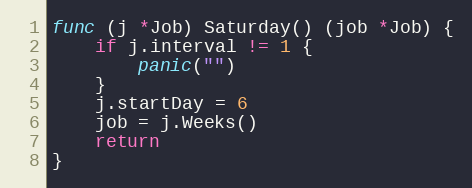
Language: Go
func (j *Job) Saturday() (job *Job) {
	if j.interval != 1 {
		panic("")
	}
	j.startDay = 6
	job = j.Weeks()
	return
}